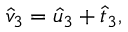
\begin{array} { r } { \hat { v } _ { 3 } = \hat { u } _ { 3 } + \hat { t } _ { 3 } , } \end{array}